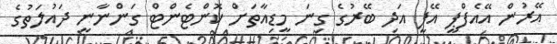
އޭރުން އޭއެފްޕީ އޭޕީ އަދި ބޭރުގެ ގިނަ މީޑިއާތަށް ކޮންޓެންޓް ގަންނާނީ ދައުލަތުގެ